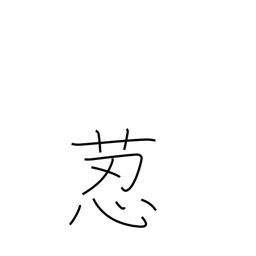
Meaning: hare's foot fern